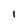
Character: I